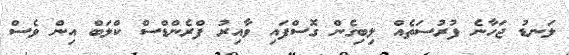
ލަނޑު ޖަހާނެ ފުރުސަތެއް ލިބިގެން ގޮސްފައި ވާއިރު ފްރެންޑްސް ކްލަބް އިން ވެސް